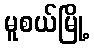
မူစယ်မြို့